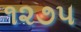
૧૨૭૫